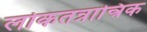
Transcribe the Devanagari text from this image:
लोकतन्रान्त्रिक